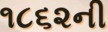
૧૮૬૨ની